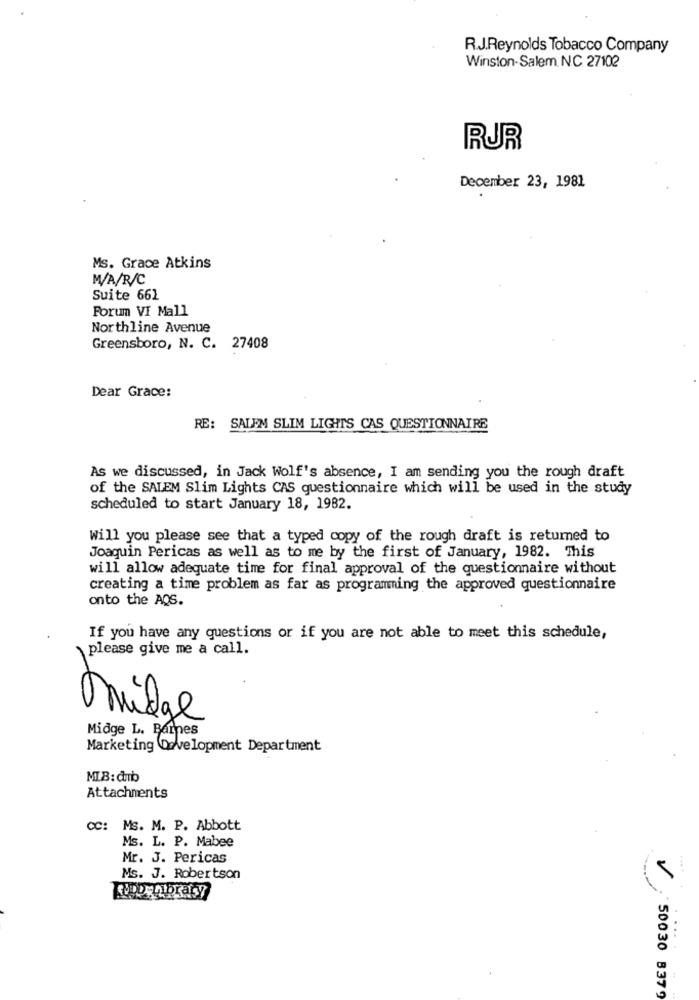
R.J.Reynolds Tobacco Company
Winston-Salem. NC 27102
RUR
December 23, 1981
Ms. Grace Atkins
M/A/R/C
Suite 661
Forum VI Mall
Northline Avenue
Greensboro, N. C. 27408
Dear Grace:
RE: SALEM SLIM LIGHTS CAS QUESTIONNAIRE
As we discussed, in Jack Wolf's absence, I am sending you the rough draft
of the SALEM Slim Lights CAS questionnaire which will be used in the study
scheduled to start January 18, 1982.
Will you please see that a typed copy of the rough draft is returned to
Joaquin Pericas as well as to me by the first of January, 1982. This
will allow adequate time for final approval of the questionnaire without
creating a time problem as far as programming the approved questionnaire
onto the AQS.
If you have any questions or if you are not able to meet this schedule,
please give me a call.
midge
Midge L. Barnes
Marketing Development Department
MTB: damb
Attachments
CC: Ms. M. P. Abbott
Ms. L. P. Mabee
Mr. J. Pericas
Ms. J. Robertson
....
50030 8379